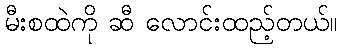
မီးစထဲကို ဆီ လောင်းထည့်တယ်။